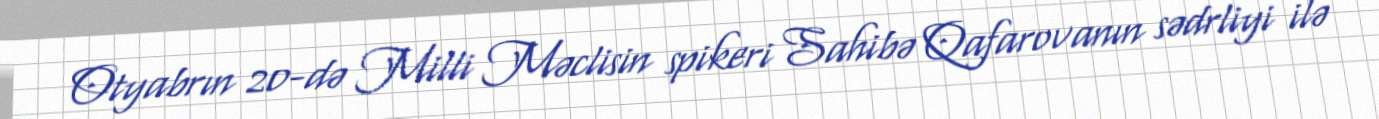
Otyabrın 20-də Milli Məclisin spikeri Sahibə Qafarovanın sədrliyi ilə